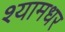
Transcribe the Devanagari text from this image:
श्यामधर